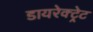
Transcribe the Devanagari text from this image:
डायरेक्ट्रेट